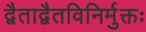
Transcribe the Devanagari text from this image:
द्वैताद्वैतविनिर्मुक्तः